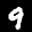
Label: 9